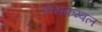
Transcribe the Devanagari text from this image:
केसकम्बल